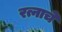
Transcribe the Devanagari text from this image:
रत्नाचे